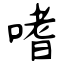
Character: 嗜